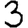
Digit: 3